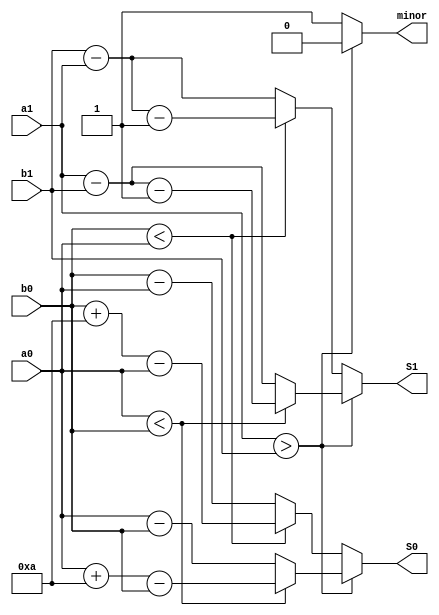
`timescale 1ns / 1ps
//////////////////////////////////////////////////////////////////////////////////
// Company: 
// Engineer: 
// 
// Design Name: 
// Module Name: subtractor
// Project Name: 
// Target Devices: 
// Tool Versions: 
// Description: 
// 
// Dependencies: 
// 
// Revision:
// Revision 0.01 - File Created
// Additional Comments:
// 
//////////////////////////////////////////////////////////////////////////////////


module subtractor(
    input [3:0] a0,
    input [3:0] a1,
    input [3:0] b0,
    input [3:0] b1,
    output reg [3:0] S0,
    output reg [3:0] S1,
    output reg minor
    );
    
    always @* begin
        if (a1 > b1) begin
            if (a0 < b0) begin
                S0 = a0 + 4'd10 - b0;
                S1 = a1 - b1 - 4'd1;
                minor = 1'b0;
            end
            else begin
                S0 = a0 - b0;
                S1 = a1 - b1;
                minor = 1'b0;
            end
        end
        else begin
            if (b0 < a0) begin
                S0 = b0 + 10 - a0;
                S1 = b1 - a1 - 4'd1;
                minor = 1'b1;
            end
            else begin
                S0 = b0 - a0;
                S1 = b1 - a1;
                minor = 1'b1;
            end
        end
    end
endmodule